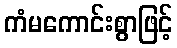
ကံမကောင်းစွာဖြင့်